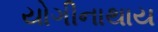
યોગીનાથાય